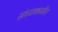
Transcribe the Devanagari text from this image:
संध्याकाळीच